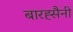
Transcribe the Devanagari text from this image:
बारह्सैनी